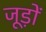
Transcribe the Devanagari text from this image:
जूड़ों